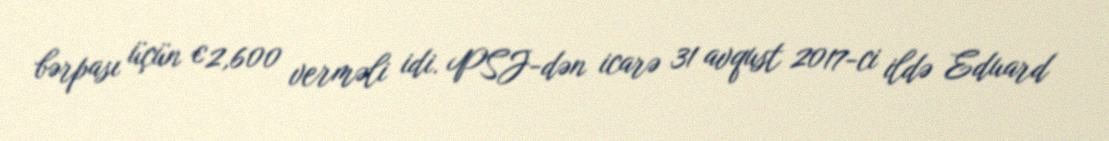
bərpası üçün €2,600 verməli idi. PSJ-dən icarə 31 avqust 2017-ci ildə Eduard